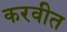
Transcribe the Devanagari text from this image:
करवीत